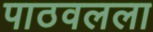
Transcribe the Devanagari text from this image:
पाठवलला